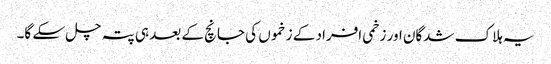
یہ ہلاک شدگان اور زخمی افراد کے زخموں کی جانچ کے بعد ہی پتہ چل سکے گا۔